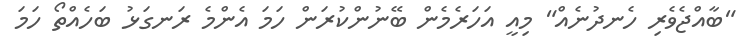
"ބާއްޖެވެރި ހެނދުނެއް" މިއީ އަހަރެމެން ބޭނުންކުރަން ހަމަ އެންމެ ރަނގަޅު ބަހެއްތޯ ހަމަ